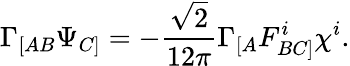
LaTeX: \Gamma_{[AB}\Psi_{C]}=-\frac{\sqrt{2}}{12\pi}\Gamma_{[A}F_{BC]}^{i}\chi^{i}.